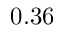
0 . 3 6